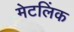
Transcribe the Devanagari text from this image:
मेटलिंक